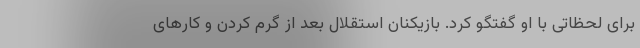
برای لحظاتی با او گفتگو کرد. بازیکنان استقلال بعد از گرم کردن و کارهای